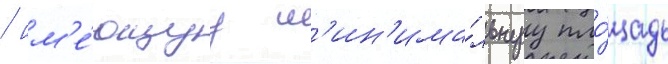
/ им'е́ющуу м'ин'има́льнуу пло́щадь